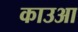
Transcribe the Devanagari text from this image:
काउआ